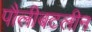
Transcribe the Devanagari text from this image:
पौलीबटलीन